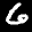
Label: 6